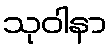
သုဝါနာ